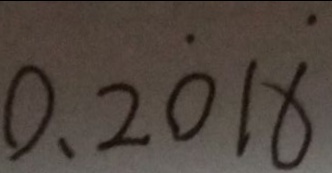
0 . 2 \dot { 0 } 1 \dot { 6 }